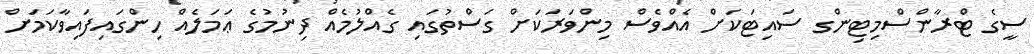
ސީގެ ޓްރާންސްމިޓިންގ ސައިޓަކަށް އެއްވެސް މިންވަރަކަށް ގަސްތުގައި ގެއްލުމެއް ދިނުމުގެ ޢަމަލެއް ހިންގައިފައިވާކަމަށް